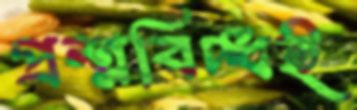
প্রশ্নবিদ্ধই